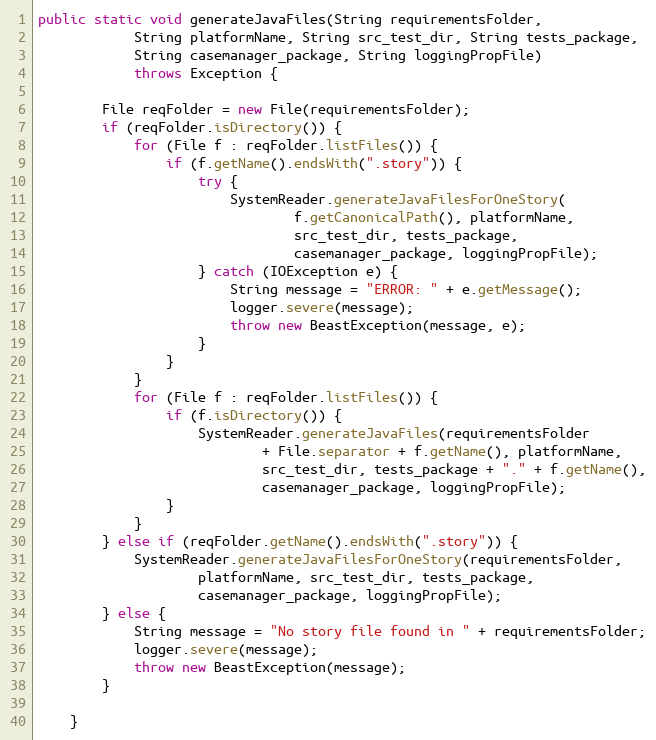
Language: Java
public static void generateJavaFiles(String requirementsFolder,
            String platformName, String src_test_dir, String tests_package,
            String casemanager_package, String loggingPropFile)
            throws Exception {

        File reqFolder = new File(requirementsFolder);
        if (reqFolder.isDirectory()) {
            for (File f : reqFolder.listFiles()) {
                if (f.getName().endsWith(".story")) {
                    try {
                        SystemReader.generateJavaFilesForOneStory(
                                f.getCanonicalPath(), platformName,
                                src_test_dir, tests_package,
                                casemanager_package, loggingPropFile);
                    } catch (IOException e) {
                        String message = "ERROR: " + e.getMessage();
                        logger.severe(message);
                        throw new BeastException(message, e);
                    }
                }
            }
            for (File f : reqFolder.listFiles()) {
                if (f.isDirectory()) {
                    SystemReader.generateJavaFiles(requirementsFolder
                            + File.separator + f.getName(), platformName,
                            src_test_dir, tests_package + "." + f.getName(),
                            casemanager_package, loggingPropFile);
                }
            }
        } else if (reqFolder.getName().endsWith(".story")) {
            SystemReader.generateJavaFilesForOneStory(requirementsFolder,
                    platformName, src_test_dir, tests_package,
                    casemanager_package, loggingPropFile);
        } else {
            String message = "No story file found in " + requirementsFolder;
            logger.severe(message);
            throw new BeastException(message);
        }

    }